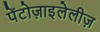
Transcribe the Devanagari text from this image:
पेंटोज़ाइलेलीज़